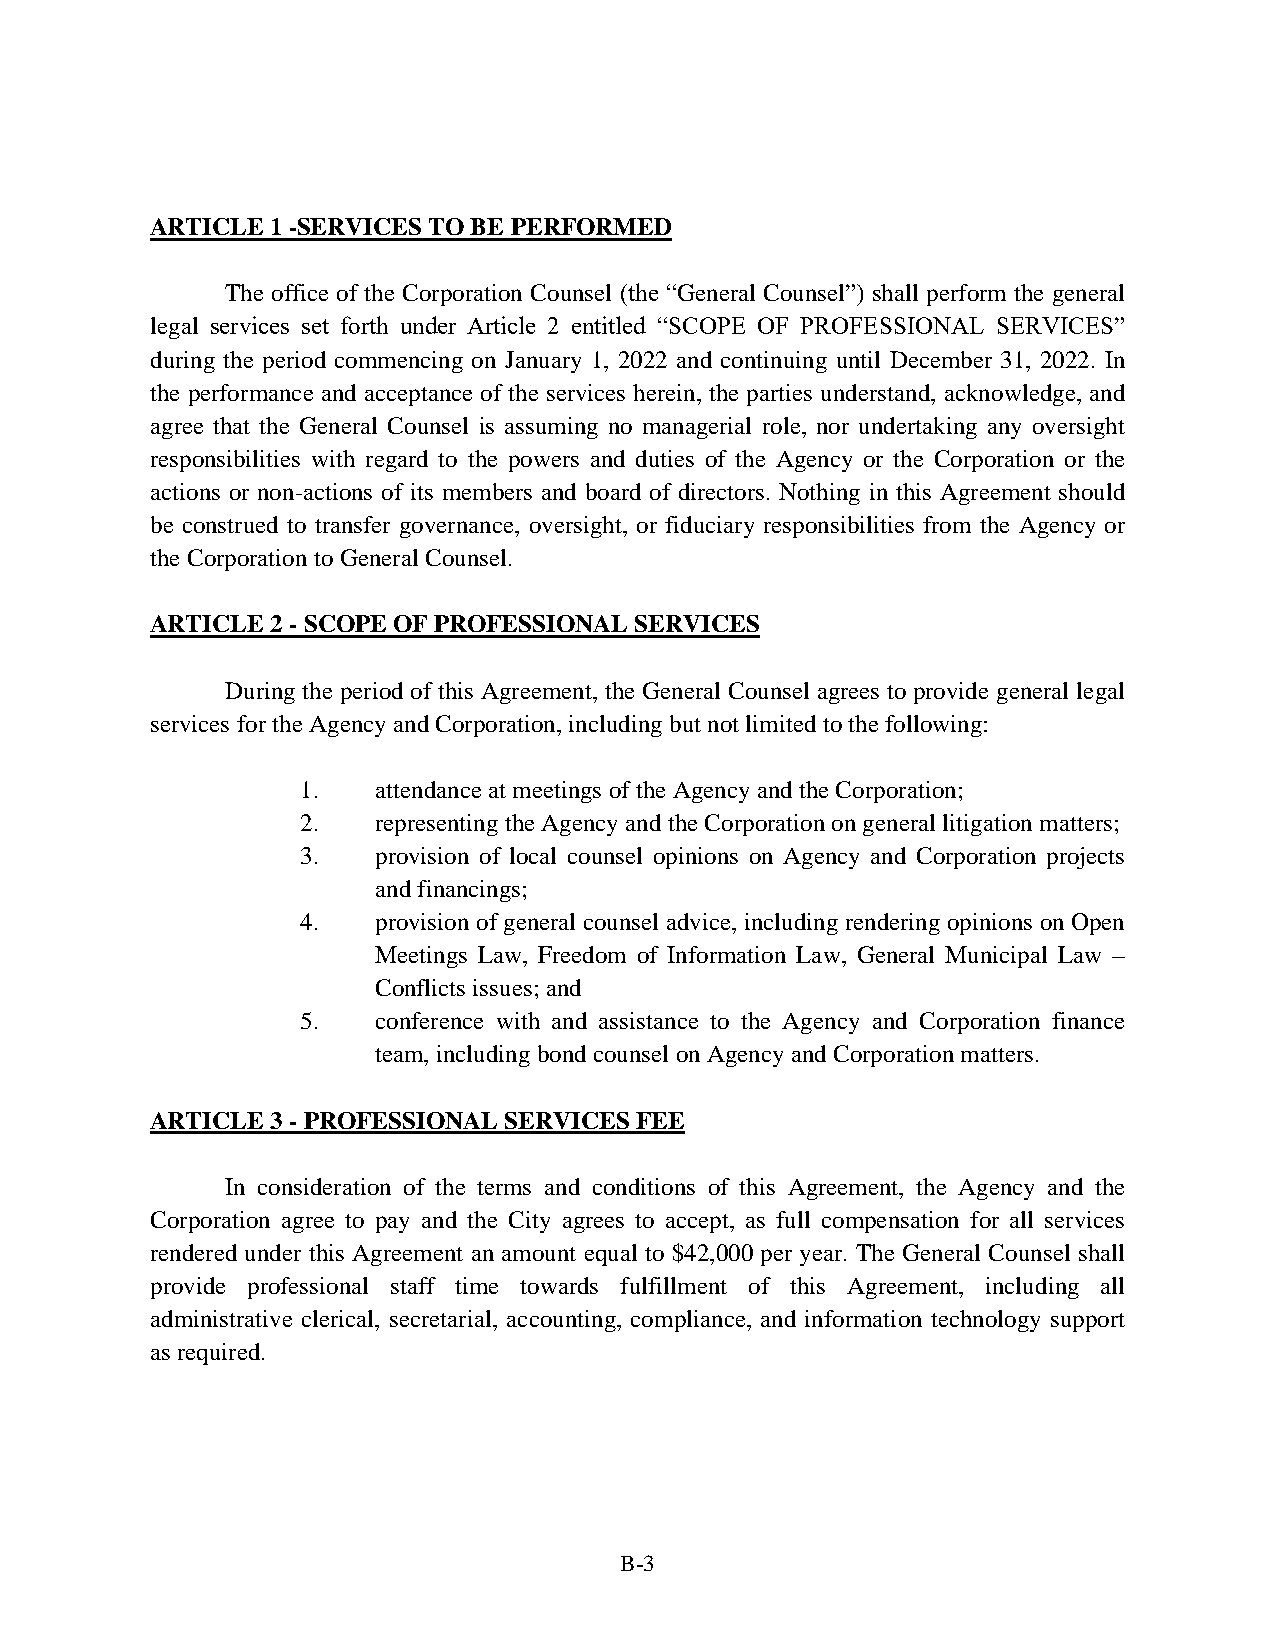
ARTICLE 1 -SERVICES TO BE PERFORMED
 The office of the Corporation Counsel (the “General Counsel”) shall perform the general
 legal services set forth under Article 2 entitled “SCOPE OF PROFESSIONAL SERVICES”
 during the period commencing on January 1, 2022 and continuing until December 31, 2022. In
 the performance and acceptance of the services herein, the parties understand, acknowledge, and
 agree that the General Counsel is assuming no managerial role, nor undertaking any oversight
 responsibilities with regard to the powers and duties of the Agency or the Corporation or the
 actions or non-actions of its members and board of directors. Nothing in this Agreement should
 be construed to transfer governance, oversight, or fiduciary responsibilities from the Agency or
 the Corporation to General Counsel.
 ARTICLE 2 - SCOPE OF PROFESSIONAL SERVICES
 During the period of this Agreement, the General Counsel agrees to provide general legal
 services for the Agency and Corporation, including but not limited to the following:
 1.   attendance at meetings of the Agency and the Corporation;
 2.   representing the Agency and the Corporation on general litigation matters;
 3.   provision of local counsel opinions on Agency and Corporation projects
 and financings;
 4.   provision of general counsel advice, including rendering opinions on Open
 Meetings Law, Freedom of Information Law, General Municipal Law –
 Conflicts issues; and
 5.   conference with and assistance to the Agency and Corporation finance
 team, including bond counsel on Agency and Corporation matters.
 ARTICLE 3 - PROFESSIONAL SERVICES FEE
 In consideration of the terms and conditions of this Agreement, the Agency and the
 Corporation agree to pay and the City agrees to accept, as full compensation for all services
 rendered under this Agreement an amount equal to $42,000 per year. The General Counsel shall
 provide professional staff time towards fulfillment of this Agreement, including all
 administrative clerical, secretarial, accounting, compliance, and information technology support
 as required.
 B-3